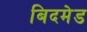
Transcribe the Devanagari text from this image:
बिदमेड